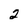
Character: 2